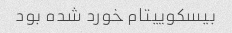
بیسکوییتام خورد شده بود